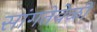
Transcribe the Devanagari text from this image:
सांगतेवेळीं